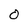
Character: O